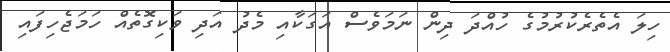
ހިލަ އެތެރެކުރުމުގެ ހުއްދަ ދިން ނަމަވެސް އަގަކާއި މެދު އަދި ވަކިގޮތެއް ހަމަޖެހިފައި